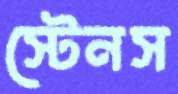
স্টেনস